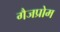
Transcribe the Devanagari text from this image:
गैजप्रोम